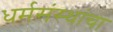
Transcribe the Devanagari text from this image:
धर्मसंस्थांचा